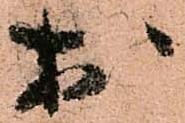
於